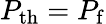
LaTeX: P_{\mathrm{th}}=P_{\mathrm{f}}